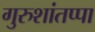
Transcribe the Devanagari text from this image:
गुरुशांतप्पा